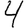
Digit: 4